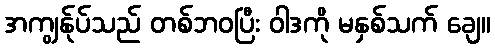
အကျွန်ုပ်သည် တစ်ဘဝပြီး ဝါဒကို မနှစ်သက် ချေ။